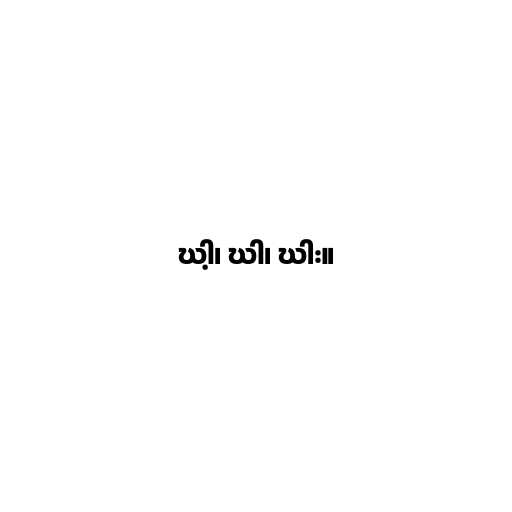
ဃါ့၊ ဃါ၊ ဃါး။